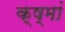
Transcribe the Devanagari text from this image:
क्ष्मां